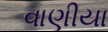
વાણીયા